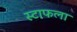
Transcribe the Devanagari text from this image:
स्टाफला